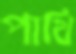
পাথি